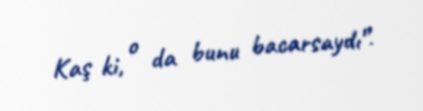
Kaş ki, o da bunu bacarsaydı”.